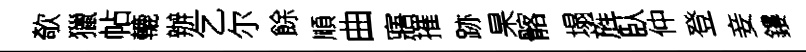
欹獵帖轆辦乞尔餘順曲寤摧跡杲髂塌旌臥仲登妾鏤